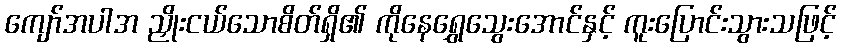
ကျော်အပါအ ညှိုးငယ်သောစိတ်ရှိ၏ ကိုနေရွှေသွေးအောင်နှင့် ကူးပြောင်းသွားသဖြင့်